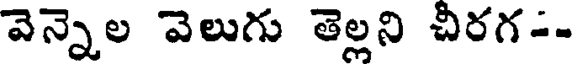
వెన్నెల వెలుగు తెల్లని చీరగ--